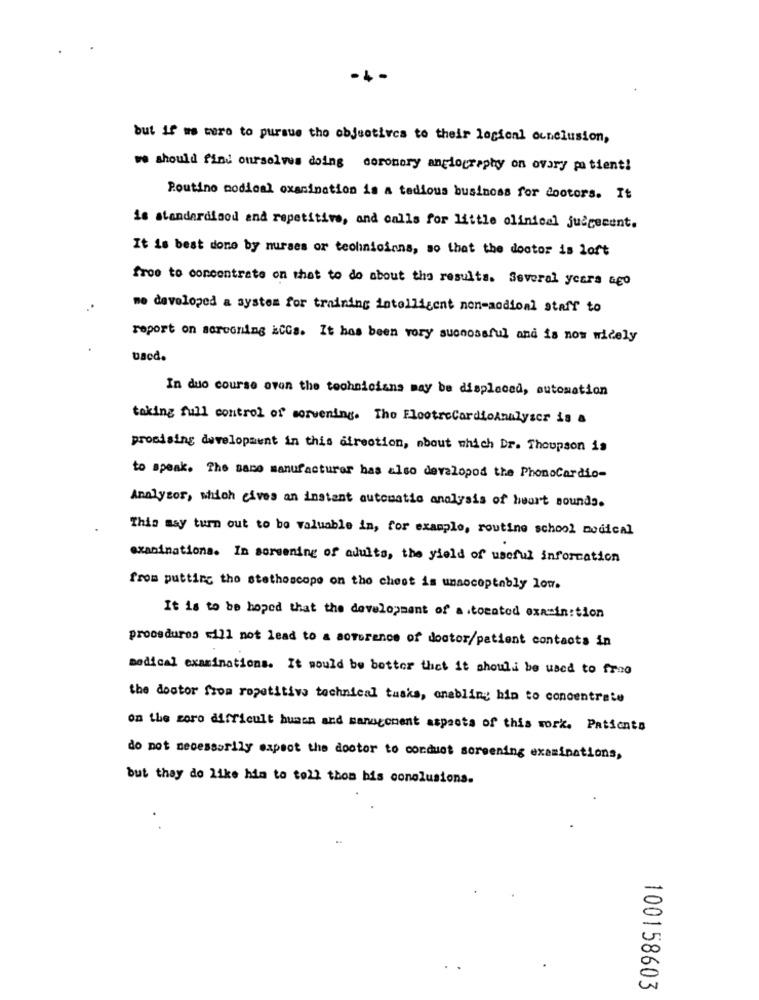
-4
but if we were to pursue the objectives to their logicnl ounclusion,
we should find ourselves doing coronory angiography on ovary po tient!
Routine modical oxanination is a tedious business for dootors. It
is standardisod and repetitive, and calls for little olinical judgecent.
It is best done by nurses or technicians, so that the doctor is loft
free to concentrate on that to do about the results. Several years ago
me developed a system for training intelligent non-aodioal staff to
report on screening kCCs. It has been very successful and is now widely
used.
In due course oven the technicians may be displaced, automation
taking full control of sorvening. The FlootreCardioAnalyser is a
promising development in this direction, about which Dr. Thoupson is
to speak. The saco manufacturer has also devalopod the PhonoCardio-
Analyzer, which gives an instant automatic analysis of heart sounds.
This may turn out to be valuable in, for example, routine school medical
examinationa. In screening of adults, the yield of useful information
from putting the stethoscope on the chest is unacceptably low.
It is to be hoped that the development of a.tocatod examin:tion
procedures will not lead to a aotorence of doctor/patient contacts in
medical examinations. It would be better that it should be used to free
the doutor from ropetitive technical tasks, onabling bin to concentrate
on the zoro difficult human and management aspects of this work. Patients
do not necessarily expect the doctor to conduct screening examinations,
but they do like him to toll thon bis conolusions.
100158603